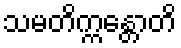
သမတိက္ကန္တောတိ